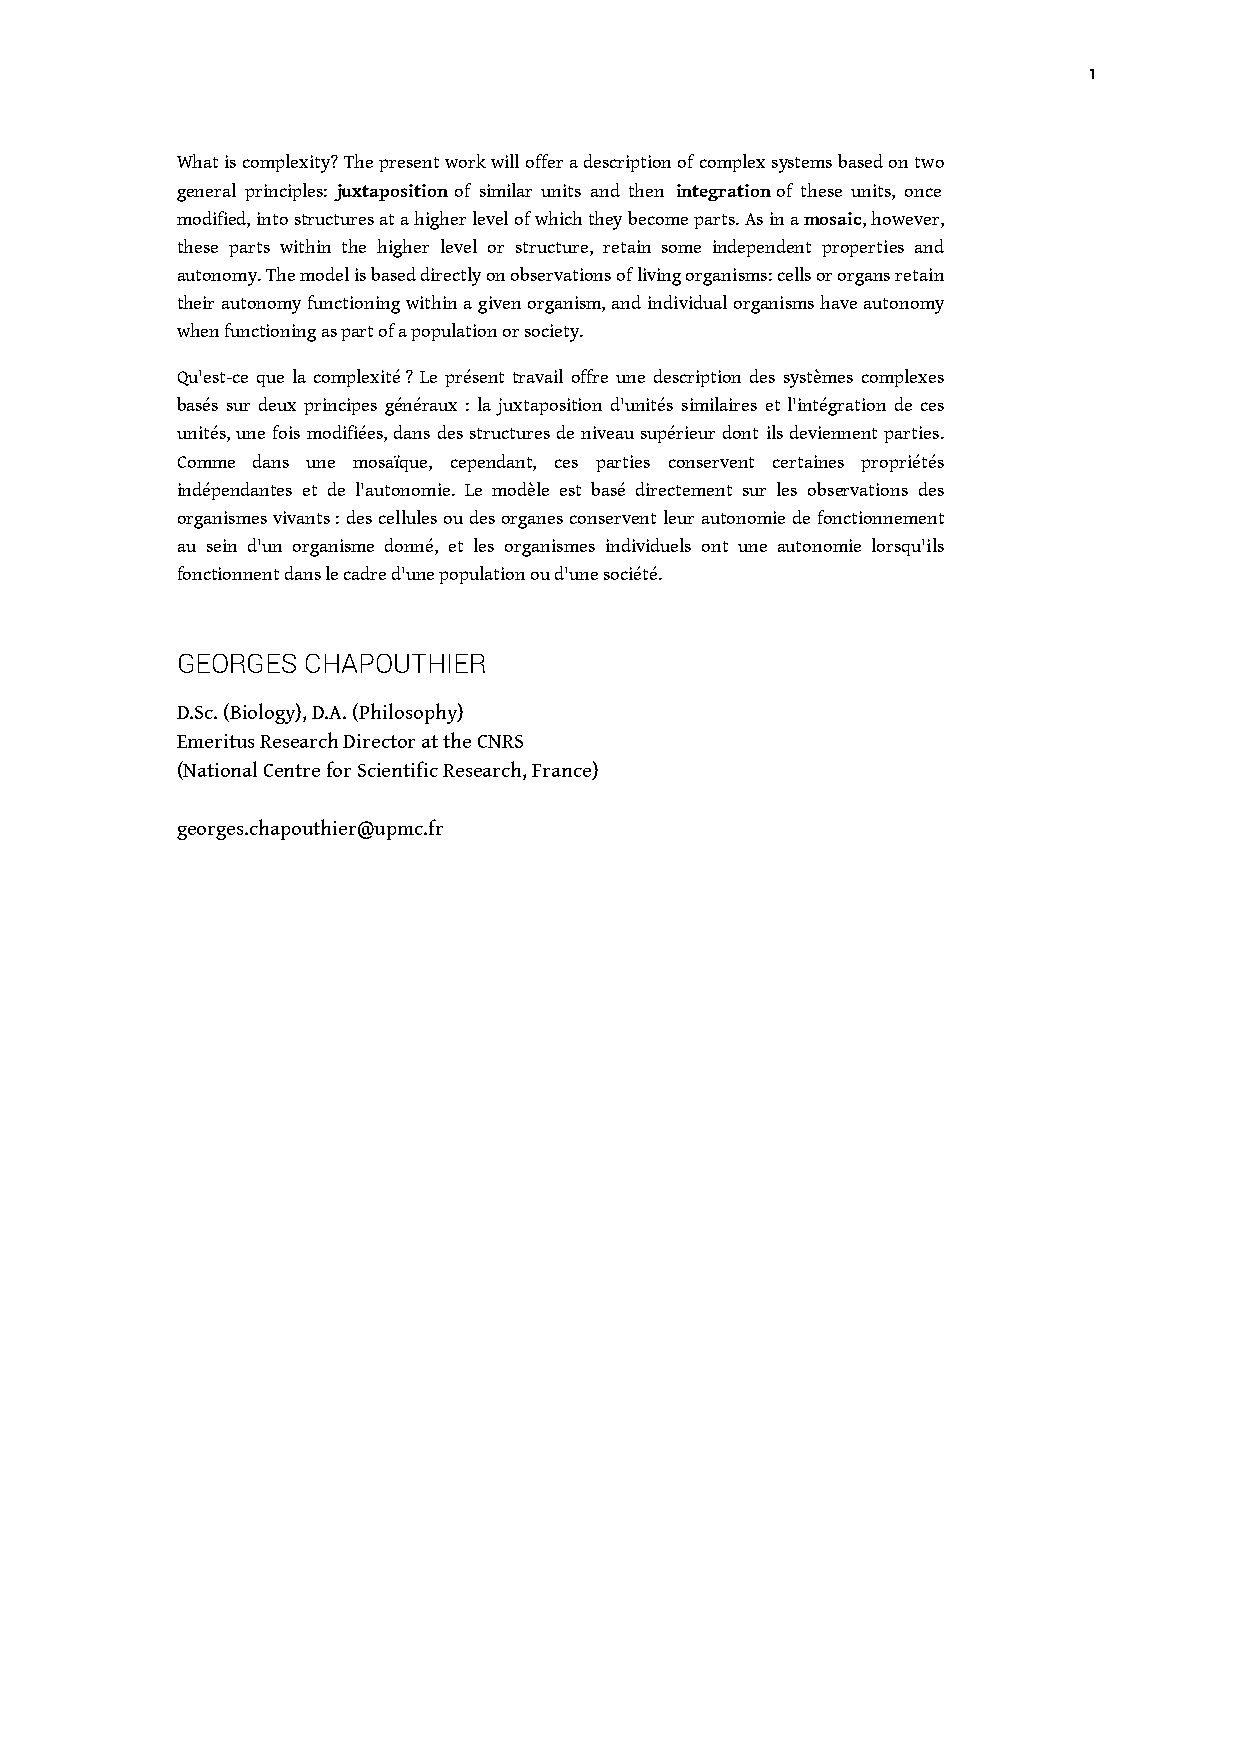
1
 What is complexity? The present work will offer a description of complex systems based on two
 general principles: juxtaposition of similar units and then integration of these units, once
 modified, into structures at a higher level of which they become parts. As in a mosaic, however,
 these parts within the higher level or structure, retain some independent properties and
 autonomy. The model is based directly on observations of living organisms: cells or organs retain
 their autonomy functioning within a given organism, and individual organisms have autonomy
 when functioning as part of a population or society.
 Qu'est-ce que la complexité ? Le présent travail offre une description des systèmes complexes
 basés sur deux principes généraux : la juxtaposition d'unités similaires et l'intégration de ces
 unités, une fois modifiées, dans des structures de niveau supérieur dont ils deviennent parties.
 Comme dans une mosaïque, cependant, ces parties conservent certaines propriétés
 indépendantes et de l'autonomie. Le modèle est basé directement sur les observations des
 organismes vivants : des cellules ou des organes conservent leur autonomie de fonctionnement
 au sein d'un organisme donné, et les organismes individuels ont une autonomie lorsqu'ils
 fonctionnent dans le cadre d'une population ou d'une société.
 GEORGES CHAPOUTHIER
 D.Sc. (Biology), D.A. (Philosophy)
 Emeritus Research Director at the CNRS
 (National Centre for Scientific Research, France)
 georges.chapouthier@upmc.fr